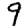
Digit: 9